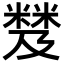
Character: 𥻾